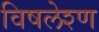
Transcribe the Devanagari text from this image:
विषलेश्ण